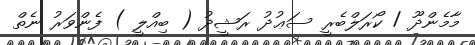
މާމެންދޫ / ކޯރަލްބެރީ ސަޢުދު ރަޝީދު ( ބިއްލީ ) ފެންވަރު ނެތް